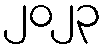
၂၀၂၃